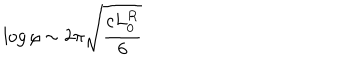
LaTeX: \log \rho \sim 2 \pi \sqrt { \frac { c L _ { 0 } ^ { R } } { 6 } }